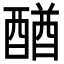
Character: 𨡴